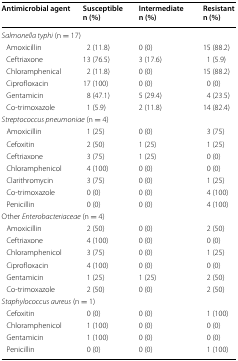
<table><thead><tr><td><b>Antimicrobial agent</b></td><td><b>Susceptible n (%)</b></td><td><b>Intermediate n (%)</b></td><td><b>Resistant n (%)</b></td></tr></thead><tbody><tr><td colspan="4"><i>Salmonella typhi</i> (n = 17)</td></tr><tr><td> Amoxicillin</td><td>2 (11.8)</td><td>0 (0)</td><td>15 (88.2)</td></tr><tr><td> Ceftriaxone</td><td>13 (76.5)</td><td>3 (17.6)</td><td>1 (5.9)</td></tr><tr><td> Chloramphenical</td><td>2 (11.8)</td><td>0 (0)</td><td>15 (88.2)</td></tr><tr><td> Ciprofloxacin</td><td>17 (100)</td><td>0 (0)</td><td>0 (0)</td></tr><tr><td> Gentamicin</td><td>8 (47.1)</td><td>5 (29.4)</td><td>4 (23.5)</td></tr><tr><td> Co-trimoxazole</td><td>1 (5.9)</td><td>2 (11.8)</td><td>14 (82.4)</td></tr><tr><td colspan="4"><i>Streptococcus pneumoniae</i> (n = 4)</td></tr><tr><td> Amoxicillin</td><td>1 (25)</td><td>0 (0)</td><td>3 (75)</td></tr><tr><td> Cefoxitin</td><td>2 (50)</td><td>1 (25)</td><td>1 (25)</td></tr><tr><td> Ceftriaxone</td><td>3 (75)</td><td>1 (25)</td><td>0 (0)</td></tr><tr><td> Chloramphenicol</td><td>4 (100)</td><td>0 (0)</td><td>0 (0)</td></tr><tr><td> Clarithromycin</td><td>3 (75)</td><td>0 (0)</td><td>1 (25)</td></tr><tr><td> Co-trimoxazole</td><td>0 (0)</td><td>0 (0)</td><td>4 (100)</td></tr><tr><td> Penicillin</td><td>0 (0)</td><td>0 (0)</td><td>4 (100)</td></tr><tr><td colspan="4">Other <i>Enterobacteriaceae</i> (n = 4)</td></tr><tr><td> Amoxicillin</td><td>2 (50)</td><td>0 (0)</td><td>2 (50)</td></tr><tr><td> Ceftriaxone</td><td>4 (100)</td><td>0 (0)</td><td>0 (0)</td></tr><tr><td> Chloramphenicol</td><td>3 (75)</td><td>0 (0)</td><td>1 (25)</td></tr><tr><td> Ciprofloxacin</td><td>4 (100)</td><td>0 (0)</td><td>0 (0)</td></tr><tr><td> Gentamicin</td><td>1 (25)</td><td>1 (25)</td><td>2 (50)</td></tr><tr><td> Co-trimoxazole</td><td>2 (50)</td><td>0 (0)</td><td>2 (50)</td></tr><tr><td colspan="4"><i>Staphylococcus aureus</i> (n = 1)</td></tr><tr><td> Cefoxitin</td><td>0 (0)</td><td>0 (0)</td><td>1 (100)</td></tr><tr><td> Chloramphenicol</td><td>1 (100)</td><td>0 (0)</td><td>0 (0)</td></tr><tr><td> Gentamicin</td><td>1 (100)</td><td>0 (0)</td><td>0 (0)</td></tr><tr><td> Penicillin</td><td>0 (0)</td><td>0 (0)</td><td>1 (100)</td></tr></tbody></table>